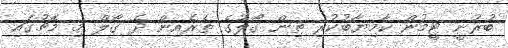
ބުރުނީ ޓީމުން ކާމިޔާބުކުރި ތިން ގޯލުގެ ތެރެއިން ދެ ގޯލް މި މެޗުގައި